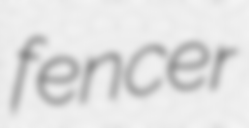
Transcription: fencer